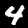
Digit: 4